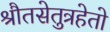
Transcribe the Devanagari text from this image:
श्रौतसेतुत्रहेतो